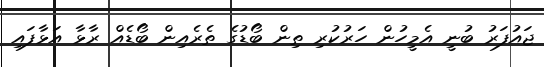
ޖައުފަރު ބުނީ އެމީހުން ހަރުކުރި ތިން ބޯޑުގެ ތެރެއިން ބޯޑެއް ރާޅާ އަޅާފައި